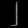
Digit: ၂